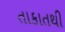
તાકાતથી